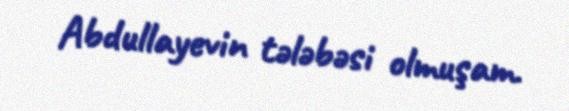
Abdullayevin tələbəsi olmuşam.